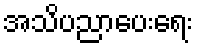
အသိပညာပေးရေး